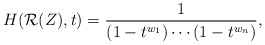
\begin{align*} H(\mathcal{R}(Z),t) = \frac{1}{(1-t^{w_1})\cdots(1-t^{w_n})},\end{align*}